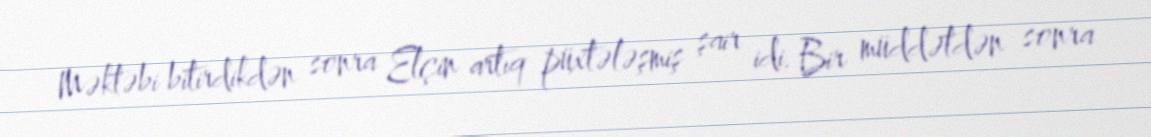
Məktəbi bitirdikdən sonra Elçin artıq püxtələşmiş şair idi. Bir müddətdən sonra